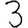
Digit: 3